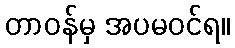
တာဝန်မှ အပမဝင်ရ။